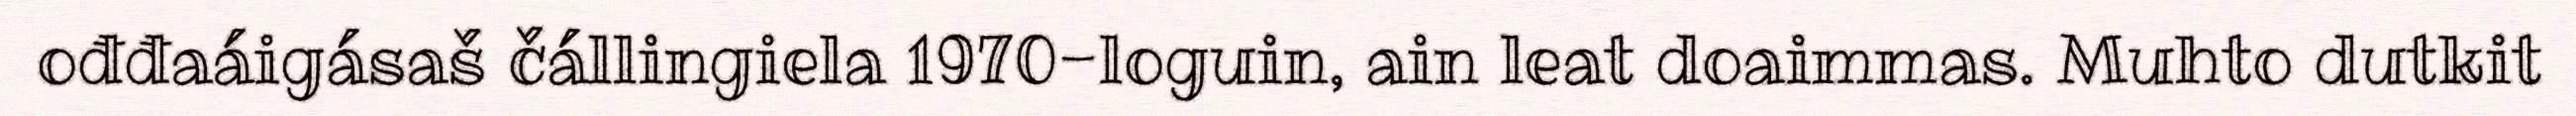
ođđaáigásaš čállingiela 1970-loguin, ain leat doaimmas. Muhto dutkit